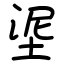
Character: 埿